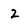
Character: 2